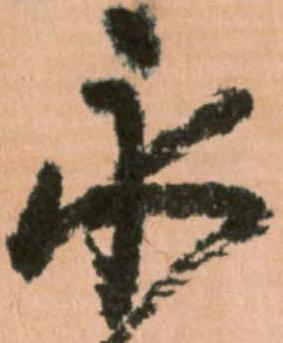
永